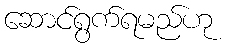
ဆောင်ရွက်ရမည်ဟု